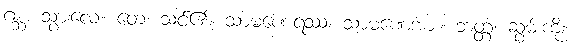
ဂစ္ဆ၊ သွားလေ။ တေ၊ သင်၏။ သာမဏေရဿ၊ သာမဏေအား။ ဘတ္တံ၊ ဆွမ်းကို။